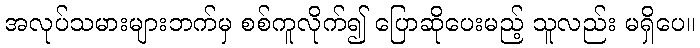
အလုပ်သမားများဘက်မှ စစ်ကူလိုက်၍ ပြောဆိုပေးမည့် သူလည်း မရှိပေ။